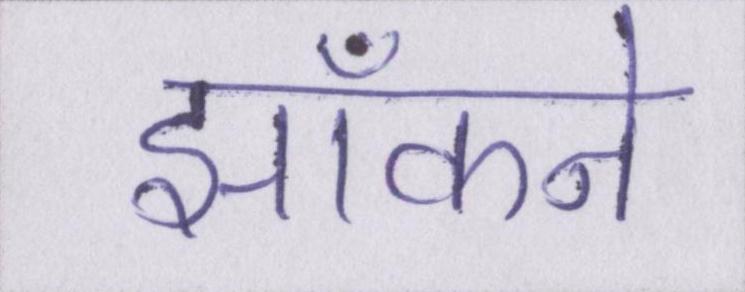
झाँकने